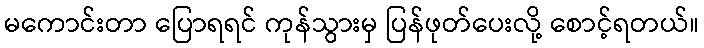
မကောင်းတာ ပြောရရင် ကုန်သွားမှ ပြန်ဖုတ်ပေးလို့ စောင့်ရတယ်။